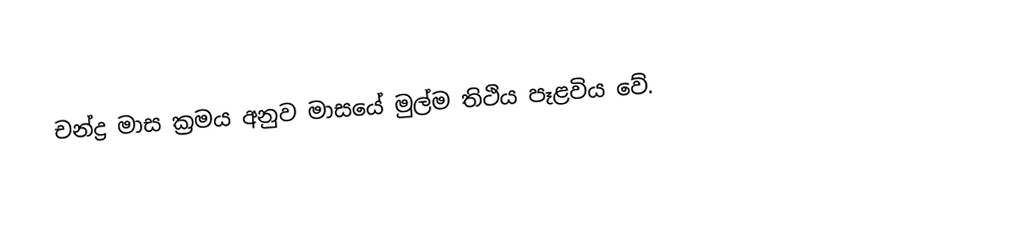
චන්ද්‍ර මාස ක්‍රමය අනුව මාසයේ මුල්ම තිථිය පෑළවිය වේ.